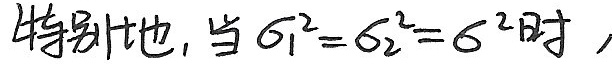
特别地, 当 $\sigma _{1}^{2}=\sigma _{2}^{2}=\sigma ^{2}$ 时,